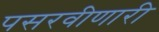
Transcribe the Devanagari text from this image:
पसरवीणारी